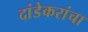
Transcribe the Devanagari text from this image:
दांडेकरांचा